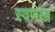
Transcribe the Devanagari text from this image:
स्वर्णाम्र